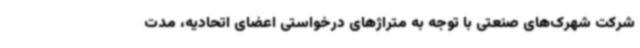
شرکت شهرک‌های صنعتی با توجه به متراژهای درخواستی اعضای اتحادیه، مدت